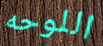
اللوحه